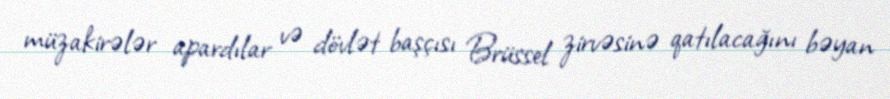
müzakirələr apardılar və dövlət başçısı Brüssel zirvəsinə qatılacağını bəyan